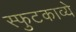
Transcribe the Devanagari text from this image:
स्फुटकाव्ये